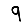
Digit: 9